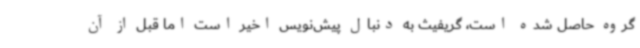
گروه حاصل شده است، گریفیث به دنبال پیش‌نویس اخیر است اما قبل از آن